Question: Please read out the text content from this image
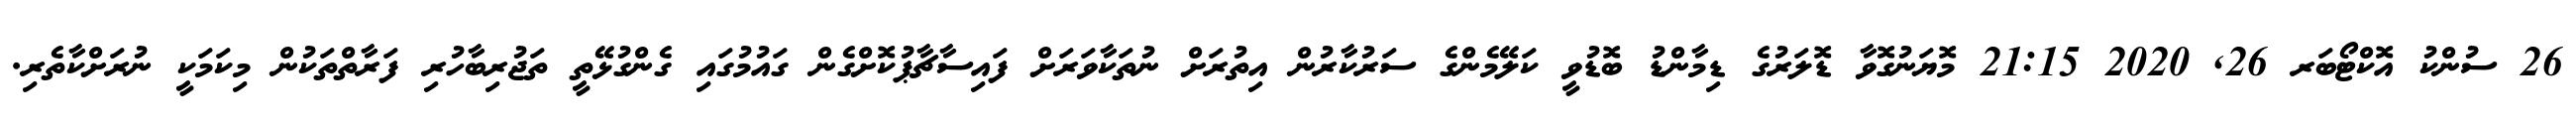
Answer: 26 ސުންކު އޮކްޓޯބަރ 26, 2020 21:15 މޮޔަނުގޮވާ ޑޮލަރުގެ ޑިމާންޑު ބޮޑުވީ ކަލޭމެންގެ ސަރުކާރުން އިތުރަށް ނުތަކާވަރަށް ފައިސާޗާޕުކޮށްގެން ގައުމުގައި ގެންގުޅޭތީ ތަޖުރިބާހުރި ފަރާތްތަކުން މިކަމަކީ ނުރަށްކާތެރި.